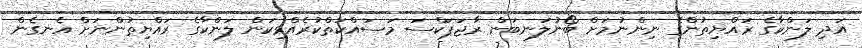
އަދި ލަންކާގެ ރައްޔިތުންގެ ނިންނުމަށް ބޯނުލަނބަން ރާޖަޕަކްސަ މަސައްކަތްކުރެއްވިކަން ލަންކާގެ ރައްޔިތުންނަށް އެނގެން